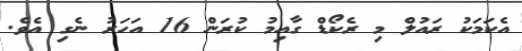
އެކަމަކު ރައުލް މި ރެކޯޑް ގާއިމު ކުރަން 16 އަހަރު ނެގި އެވެ.